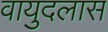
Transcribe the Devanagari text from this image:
वायुदलास